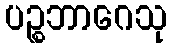
ပဉ္စဘာဂေသု